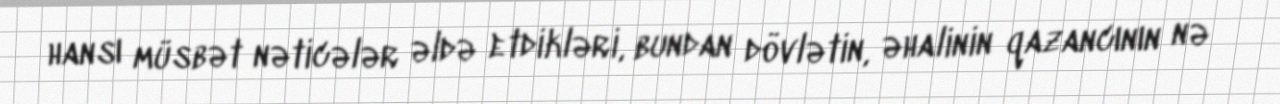
hansı müsbət nəticələr əldə etdikləri, bundan dövlətin, əhalinin qazancının nə